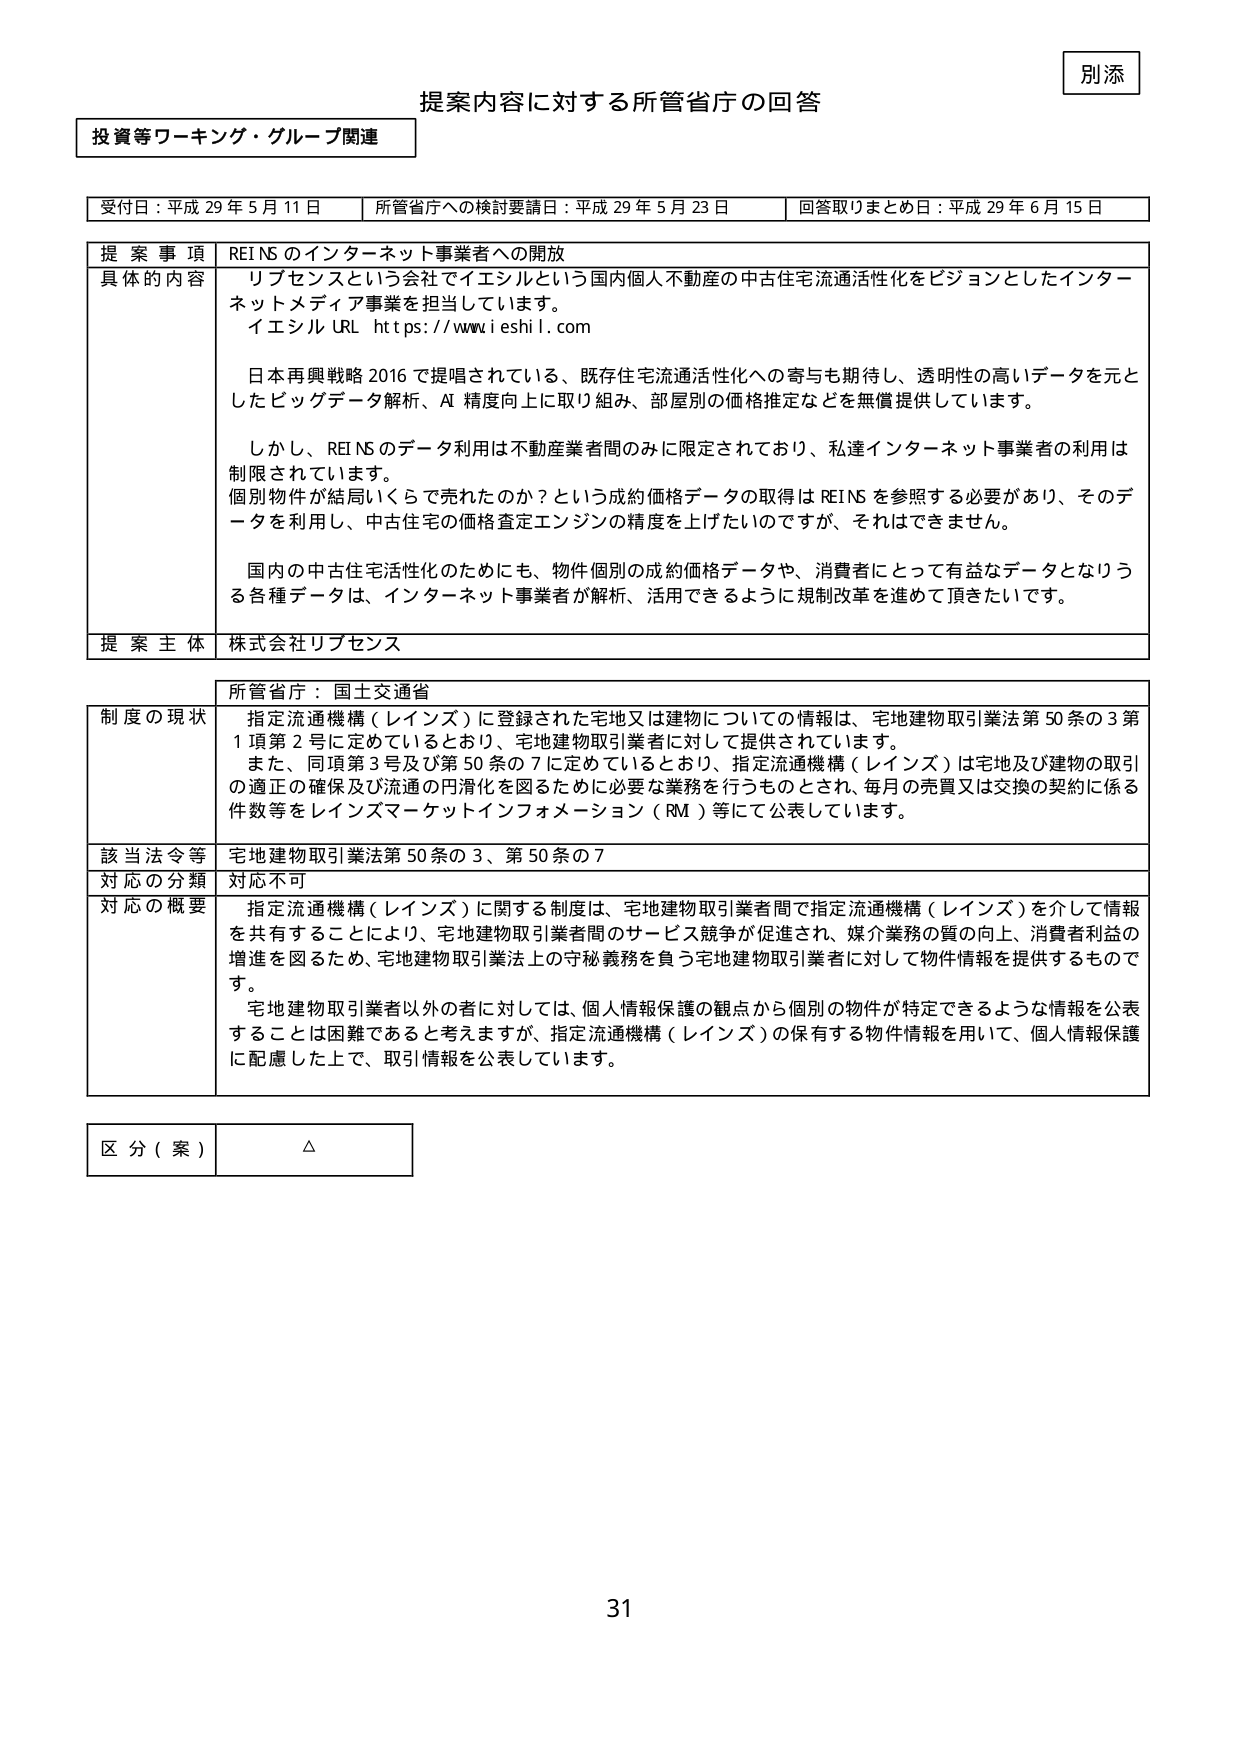
別添

提案内容に対する所管省庁の回答

投資等ワーキング・グループ関連

受付日：平成29年5月11日　所管省庁への検討要請日：平成29年5月23日　回答取りまとめ日：平成29年6月15日

提案事項　REINSのインターネット事業者への開放

具体的な内容　リブセンスという会社でイエシルという国内個人不動産の中古住宅流通活性化をビジョンとしたインターネットメディア事業を担当しています。
イエシル URL https://www.ieshil.com

日本再興戦略2016で提唱されている、既存住宅流通活性化への寄与も期待し、透明性の高いデータを元としたビッグデータ解析、AI精度向上に取り組み、部屋別の価格推定などを無償提供しています。

しかし、REINSのデータ利用は不動産業者間のみに限定されており、私達インターネット事業者の利用は制限されています。
個別物件が結局いくらで売れたのか？という成約価格データの取得はREINSを参照する必要があり、そのデータを利用し、中古住宅の価格査定エンジンの精度を上げたいのですが、それはできません。

国内の中古住宅活性化のためにも、物件個別の成約価格データや、消費者にとって有益なデータとなりうる各種データは、インターネット事業者が解析、活用できるように規制改革を進めて頂きたいです。

提案主体　株式会社リブセンス

所管省庁：国土交通省

制度の現状　指定流通機構（レインズ）に登録された宅地又は建物についての情報は、宅地建物取引業法第50条の3第1項第2号に定めているとおり、宅地建物取引業者に対して提供されています。
また、同項第3号及び第50条の7に定めているとおり、指定流通機構（レインズ）は宅地及び建物の取引の適正の確保及び流通の円滑化を図るために必要な業務を行うものとされ、毎月の売買又は交換の契約に係る件数等をレインズマーケットインフォメーション（RM）等にて公表しています。

該当法令等　宅地建物取引業法第50条の3、第50条の7

対応の分類　対応不可

対応の概要　指定流通機構（レインズ）に関する制度は、宅地建物取引業者間で指定流通機構（レインズ）を介して情報を共有することにより、宅地建物取引業者間のサービス競争が促進され、媒介業務の質の向上、消費者利益の増進を図るため、宅地建物取引業法上の守秘義務を負う宅地建物取引業者に対して物件情報を提供するものです。
宅地建物取引業者以外の者に対しては、個人情報保護の観点から個別の物件が特定できるような情報を公表することは困難であると考えますが、指定流通機構（レインズ）の保有する物件情報を用いて、個人情報保護に配慮した上で、取引情報を公表しています。

区分（案）　△

31